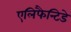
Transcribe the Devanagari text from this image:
एलिफैन्टिडे